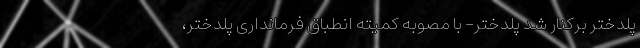
پلدختر برکنار شد پلدختر- با مصوبه کمیته انطباق فرمانداری پلدختر،